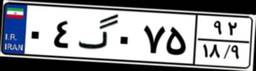
۰۴گ۰۷۵۹۲